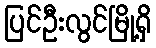
ပြင်ဦးလွင်မြို့ရှိ